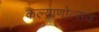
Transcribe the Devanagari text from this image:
कल्याणोत्सव